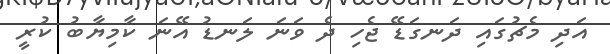
އަދި މެޗުގައި ދަނގަޑޭ ޖެހި ދެ ވަނަ ލަނޑު އޭނަ ކާމިޔާބު ކުރީ